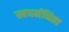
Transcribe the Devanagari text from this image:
स्वधर्मनिष्ठा